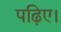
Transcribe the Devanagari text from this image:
पढ़िए।